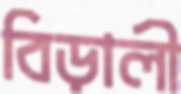
বিড়ালী